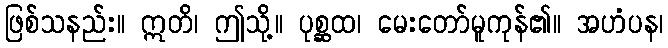
ဖြစ်သနည်း။ ဣတိ၊ ဤသို့။ ပုစ္ဆထ၊ မေးတော်မူကုန်၏။ အဟံပန၊